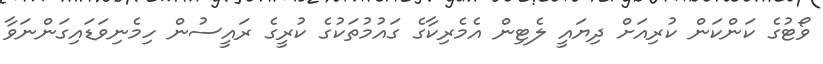
ވޯޓުގެ ކަންކަން ކުރިއަށް ދިޔައީ ލެޓިން އެމެރިކާގެ ގައުމުތަކުގެ ކުރީގެ ރައީސުން ހިމެނިވަޑައިގަންނަވާ